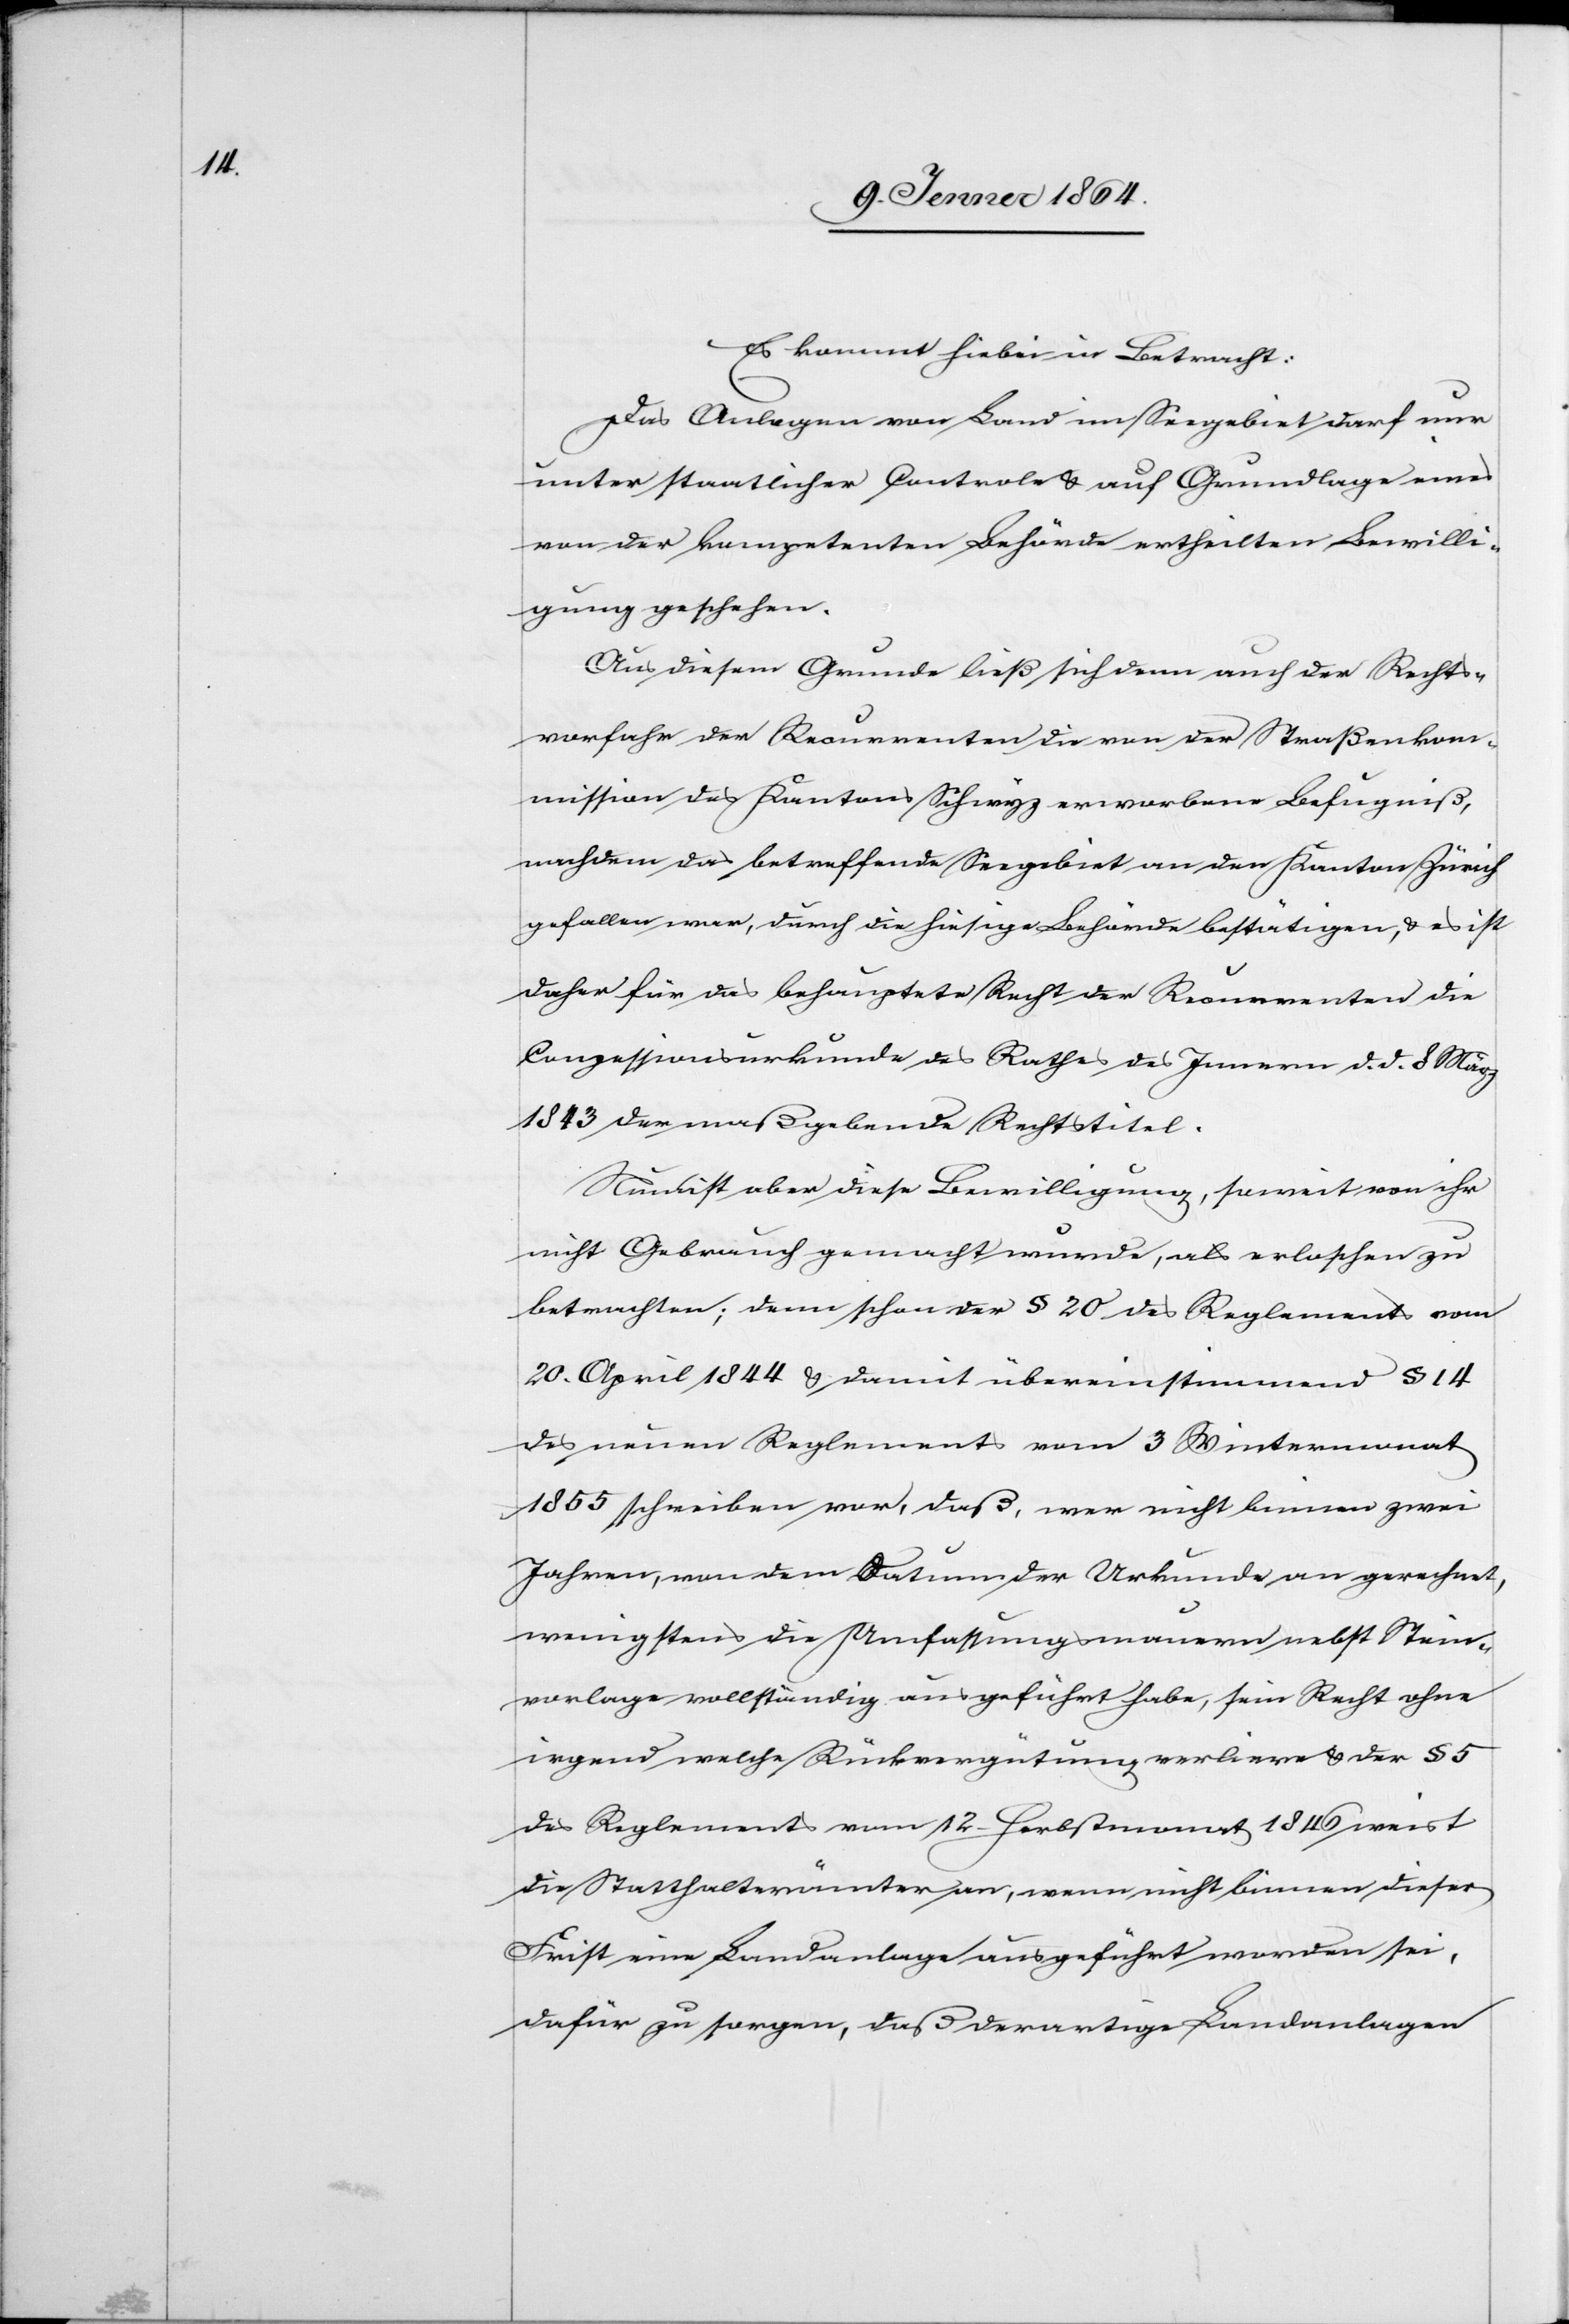
Es kommt hiebei in Betracht:
Das Anlegen von Land im Seegebiet darf nur
unter staatlicher Controle u. auf Grundlage einer
von der kompetenten Behörde ertheilten Bewilli¬
gung geschehen.
Aus diesem Grund ließ sich denn auch der Rechts¬
vorfahr der Recurrenten die von der Straßenkom¬
mission des Kantons Schwyz erworbene Befugniß,
nachdem das betreffende Seegebiet an den Kanton Zürich
gefallen war, durch die hiesige Behörde bestätigen, u. es ist
daher für das behauptete Recht der Recurrenten die
Conzessionsurkunde des Rathes des Innern d. d. 8. März
1843 der maßgebende Rechtstitel.
Nun ist aber diese Bewilligung, soweit von ihr
nicht Gebrauch gemacht wurde, als erloschen zu
betrachten; denn schon der § 20 des Reglements vom
20. April 1844 u. damit übereinstimmend § 14
des neuen Reglements vom 3. Wintermonat
1855 schreiben vor, daß, wer nicht binnen zwei
Jahren, von dem Datum der Urkunde an gerechnet,
wenigstens die Umfassungsmauern nebst Stein¬
vorlage vollständig ausgeführt habe, sein Recht ohne
irgend welche Rückvergütung verliere[,] u. der § 5
des Reglements vom 12. Herbstmonat 1846 weist
die Statthalterämter an, wenn nicht binnen dieser
Frist eine Landanlage ausgeführt worden sei,
dafür zu sorgen, daß derartige Landanlagen